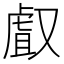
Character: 𠭯